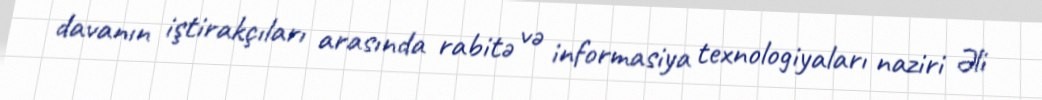
davanın iştirakçıları arasında rabitə və informasiya texnologiyaları naziri Əli